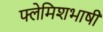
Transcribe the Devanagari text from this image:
फ्लेमिशभाषी